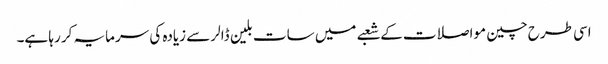
اسی طرح چین مواصلات کے شعبے میں سات بلین ڈالر سے زیادہ کی سرمایہ کر رہا ہے۔